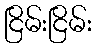
ငြိမ်းငြိမ်း